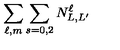
\sum _ { \ell , m } \sum _ { s = 0 , 2 } N _ { L , L ^ { \prime } } ^ { \ell }